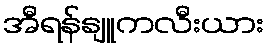
အီရန်နျူကလီးယား